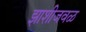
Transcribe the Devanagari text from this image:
झाशीजवळ